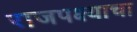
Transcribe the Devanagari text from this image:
राजपक्ष्याचा